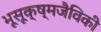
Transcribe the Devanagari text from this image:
भूसूक्ष्मजैविकी